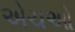
એચઓ